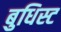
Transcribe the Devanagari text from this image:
बुधिस्ट